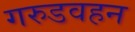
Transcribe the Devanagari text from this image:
गरुडवहन